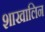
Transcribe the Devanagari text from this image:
शाखालिन